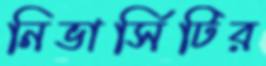
নিভার্সিটির